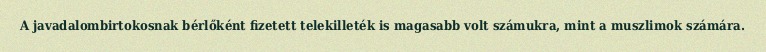
A javadalombirtokosnak bérlőként fizetett telekilleték is magasabb volt számukra, mint a muszlimok számára.